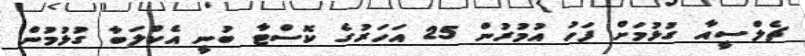
ޗެލްސީއާ ގުޅުމަށް ފަހު އުމުރުން 25 އަހަރުގެ ކޮސްޓާ ބުނީ އެކްލަބާ ގުޅުމުން